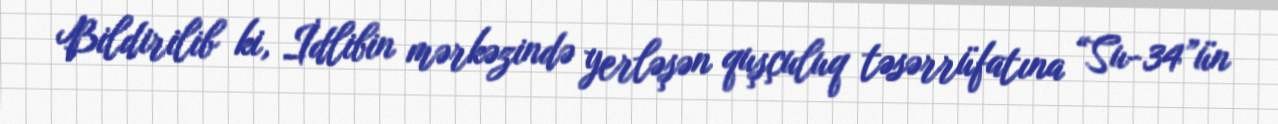
Bildirilib ki, İdlibin mərkəzində yerləşən quşçuluq təsərrüfatına “Su-34”ün